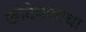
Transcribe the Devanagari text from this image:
खोटेपणाचा